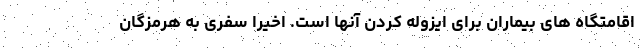
اقامتگاه های بیماران برای ایزوله کردن آنها است. اخیرا سفری به هرمزگان